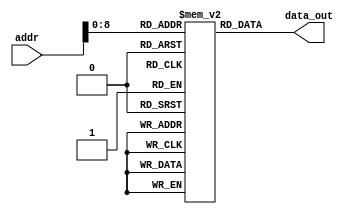
module InstMem (input [11:0] addr, output [31:0] data_out);
 reg [31:0] mem [0:500];

 initial begin
//mem[0]=32'b0000000_00000_00000_000_00000_0110011 ; //add x0, x0, x0
//  //added to be skipped since PC starts with 4 after reset
//  mem[1]=32'b000000000000_00000_010_00001_0000011 ; //lw x1, 0(x0)
//  mem[2]=32'b0000000_00000_00000_000_00000_0110011 ; //add x0, x0, x0
//  mem[3]=32'b0000000_00000_00000_000_00000_0110011 ; //add x0, x0, x0
//  mem[4]=32'b0000000_00000_00000_000_00000_0110011 ; //add x0, x0, x0
//  mem[5]=32'b000000000100_00000_010_00010_0000011 ; //lw x2, 4(x0)
//  mem[6]=32'b0000000_00000_00000_000_00000_0110011 ; //add x0, x0, x0
//  mem[7]=32'b0000000_00000_00000_000_00000_0110011 ; //add x0, x0, x0
//  mem[8]=32'b0000000_00000_00000_000_00000_0110011 ; //add x0, x0, x0
//  mem[9]=32'b000000001000_00000_010_00011_0000011 ; //lw x3, 8(x0)
// mem[10]=32'b0000000_00000_00000_000_00000_0110011 ; //add x0, x0, x0
// mem[11]=32'b0000000_00000_00000_000_00000_0110011 ; //add x0, x0, x0
// mem[12]=32'b0000000_00000_00000_000_00000_0110011 ; //add x0, x0, x0
//  mem[13]=32'b0000000_00010_00001_110_00100_0110011 ; //or x4, x1, x2
// mem[14]=32'b0000000_00000_00000_000_00000_0110011 ; //add x0, x0, x0
// mem[15]=32'b0000000_00000_00000_000_00000_0110011 ; //add x0, x0, x0
// mem[16]=32'b0000000_00000_00000_000_00000_0110011 ; //add x0, x0, x0
//  mem[17]=32'b0_000001_00011_00100_000_0000_0_1100011; //beq x4, x3, 16
//  mem[18]=32'b0000000_00000_00000_000_00000_0110011 ; //add x0, x0, x0
//  mem[19]=32'b0000000_00000_00000_000_00000_0110011 ; //add x0, x0, x0
// mem[20]=32'b0000000_00000_00000_000_00000_0110011 ; //add x0, x0, x0
//  mem[21]=32'b0000000_00010_00001_000_00011_0110011 ; //add x3, x1, x2
//  mem[22]=32'b0000000_00000_00000_000_00000_0110011 ; //add x0, x0, x0
//  mem[23]=32'b0000000_00000_00000_000_00000_0110011 ; //add x0, x0, x0
//  mem[24]=32'b0000000_00000_00000_000_00000_0110011 ; //add x0, x0, x0
//  mem[25]=32'b0000000_00010_00011_000_00101_0110011 ; //add x5, x3, x2
//  mem[26]=32'b0000000_00000_00000_000_00000_0110011 ; //add x0, x0, x0
//  mem[27]=32'b0000000_00000_00000_000_00000_0110011 ; //add x0, x0, x0
//  mem[28]=32'b0000000_00000_00000_000_00000_0110011 ; //add x0, x0, x0
//mem[29]=32'b0000000_00101_00000_010_01100_0100011; //sw x5, 12(x0)
// mem[30]=32'b0000000_00000_00000_000_00000_0110011 ; //add x0, x0, x0
// mem[31]=32'b0000000_00000_00000_000_00000_0110011 ; //add x0, x0, x0
// mem[32]=32'b0000000_00000_00000_000_00000_0110011 ; //add x0, x0, x0
// mem[33]=32'b000000001100_00000_010_00110_0000011 ; //lw x6, 12(x0)
// mem[34]=32'b0000000_00000_00000_000_00000_0110011 ; //add x0, x0, x0
// mem[35]=32'b0000000_00000_00000_000_00000_0110011 ; //add x0, x0, x0
// mem[36]=32'b0000000_00000_00000_000_00000_0110011 ; //add x0, x0, x0
// mem[37]=32'b0000000_00001_00110_111_00111_0110011 ; //and x7, x6, x1
//mem[38]=32'b0000000_00000_00000_000_00000_0110011 ; //add x0, x0, x0
// mem[39]=32'b0000000_00000_00000_000_00000_0110011 ; //add x0, x0, x0
// mem[40]=32'b0000000_00000_00000_000_00000_0110011 ; //add x0, x0, x0
// mem[41]=32'b0100000_00010_00001_000_01000_0110011 ; //sub x8, x1, x2
//mem[42]=32'b0000000_00000_00000_000_00000_0110011 ; //add x0, x0, x0
// mem[43]=32'b0000000_00000_00000_000_00000_0110011 ; //add x0, x0, x0
// mem[44]=32'b0000000_00000_00000_000_00000_0110011 ; //add x0, x0, x0
// mem[45]=32'b0000000_00010_00001_000_00000_0110011 ; //add x0, x1, x2
//mem[46]=32'b0000000_00000_00000_000_00000_0110011 ; //add x0, x0, x0
// mem[47]=32'b0000000_00000_00000_000_00000_0110011 ; //add x0, x0, x0
// mem[48]=32'b0000000_00000_00000_000_00000_0110011 ; //add x0, x0, x0
// mem[49]=32'b0000000_00001_00000_000_01001_0110011 ; //add x9, x0, x1

//mem[0]=32'b0000000_00000_00000_000_00000_0110011 ; //add x0, x0, x0
// //added to be skipped since PC starts with 4 after reset
// mem[1]=32'b000000000000_00000_010_00001_0000011 ; //lw x1, 0(x0)
//// mem[2]=32'b0000000_00000_00000_000_00000_0110011 ; //add x0, x0, x0
//// mem[3]=32'b0000000_00000_00000_000_00000_0110011 ; //add x0, x0, x0
//// mem[4]=32'b0000000_00000_00000_000_00000_0110011 ; //add x0, x0, x0
// mem[2]=32'b000000000100_00000_010_00010_0000011 ; //lw x2, 4(x0)
//// mem[3]=32'b0000000_00000_00000_000_00000_0110011 ; //add x0, x0, x0
//// mem[7]=32'b0000000_00000_00000_000_00000_0110011 ; //add x0, x0, x0
//// mem[8]=32'b0000000_00000_00000_000_00000_0110011 ; //add x0, x0, x0
// mem[3]=32'b000000001000_00000_010_00011_0000011 ; //lw x3, 8(x0)
//mem[4]=32'b0000000_00000_00000_000_00000_0110011 ; //add x0, x0, x0
////mem[5]=32'b0000000_00000_00000_000_00000_0110011 ; //add x0, x0, x0
////mem[12]=32'b0000000_00000_00000_000_00000_0110011 ; //add x0, x0, x0
// mem[5]=32'b0000000_00010_00001_110_00100_0110011 ; //or x4, x1, x2
////mem[7]=32'b0000000_00000_00000_000_00000_0110011 ; //add x0, x0, x0
////mem[8]=32'b0000000_00000_00000_000_00000_0110011 ; //add x0, x0, x0
////mem[9]=32'b0000000_00000_00000_000_00000_0110011 ; //add x0, x0, x0
// mem[6]=32'b0_000000_00011_00100_000_0100_0_1100011; //beq x4, x3, 16
// mem[7]=32'b0000000_00000_00000_000_00000_0110011 ; //add x0, x0, x0
// mem[8]=32'b0000000_00000_00000_000_00000_0110011 ; //add x0, x0, x0
//mem[9]=32'b0000000_00000_00000_000_00000_0110011 ; //add x0, x0, x0
// mem[10]=32'b0000000_00010_00001_000_00011_0110011 ; //add x3, x1, x2
//// mem[15]=32'b0000000_00000_00000_000_00000_0110011 ; //add x0, x0, x0
//// mem[16]=32'b0000000_00000_00000_000_00000_0110011 ; //add x0, x0, x0
//// mem[17]=32'b0000000_00000_00000_000_00000_0110011 ; //add x0, x0, x0
// mem[11]=32'b0000000_00010_00011_000_00101_0110011 ; //add x5, x3, x2
//// mem[19]=32'b0000000_00000_00000_000_00000_0110011 ; //add x0, x0, x0
//// mem[20]=32'b0000000_00000_00000_000_00000_0110011 ; //add x0, x0, x0
//// mem[21]=32'b0000000_00000_00000_000_00000_0110011 ; //add x0, x0, x0
// mem[12]=32'b0000000_00101_00000_010_01100_0100011; //sw x5, 12(x0)
//// mem[30]=32'b0000000_00000_00000_000_00000_0110011 ; //add x0, x0, x0
//// mem[31]=32'b0000000_00000_00000_000_00000_0110011 ; //add x0, x0, x0
//// mem[32]=32'b0000000_00000_00000_000_00000_0110011 ; //add x0, x0, x0
// mem[13]=32'b000000001100_00000_010_00110_0000011 ; //lw x6, 12(x0)
// mem[14]=32'b0000000_00000_00000_000_00000_0110011 ; //add x0, x0, x0
//// mem[25]=32'b0000000_00000_00000_000_00000_0110011 ; //add x0, x0, x0
//// mem[26]=32'b0000000_00000_00000_000_00000_0110011 ; //add x0, x0, x0
// mem[15]=32'b0000000_00001_00110_111_00111_0110011 ; //and x7, x6, x1
////mem[38]=32'b0000000_00000_00000_000_00000_0110011 ; //add x0, x0, x0
//// mem[39]=32'b0000000_00000_00000_000_00000_0110011 ; //add x0, x0, x0
//// mem[40]=32'b0000000_00000_00000_000_00000_0110011 ; //add x0, x0, x0
// mem[16]=32'b0100000_00010_00001_000_01000_0110011 ; //sub x8, x1, x2
////mem[42]=32'b0000000_00000_00000_000_00000_0110011 ; //add x0, x0, x0
//// mem[43]=32'b0000000_00000_00000_000_00000_0110011 ; //add x0, x0, x0
//// mem[44]=32'b0000000_00000_00000_000_00000_0110011 ; //add x0, x0, x0
// mem[17]=32'b0000000_00010_00001_000_00000_0110011 ; //add x0, x1, x2
////mem[46]=32'b0000000_00000_00000_000_00000_0110011 ; //add x0, x0, x0
//// mem[47]=32'b0000000_00000_00000_000_00000_0110011 ; //add x0, x0, x0
//// mem[48]=32'b0000000_00000_00000_000_00000_0110011 ; //add x0, x0, x0
// mem[18]=32'b0000000_00001_00000_000_01001_0110011 ; //add x9, x0, x1


mem[0]=32'b0000000_00000_00000_000_00000_0110011 ; //add x0, x0, x0
 //added to be skipped since PC starts with 4 after reset
 mem[1]=32'b000000000000_00000_010_00001_0000011 ; //lw x1, 0(x0)
// mem[2]=32'b0000000_00000_00000_000_00000_0110011 ; //add x0, x0, x0
// mem[3]=32'b0000000_00000_00000_000_00000_0110011 ; //add x0, x0, x0
// mem[4]=32'b0000000_00000_00000_000_00000_0110011 ; //add x0, x0, x0
 mem[2]=32'b000000000100_00000_010_00010_0000011 ; //lw x2, 4(x0)
// mem[3]=32'b0000000_00000_00000_000_00000_0110011 ; //add x0, x0, x0
// mem[7]=32'b0000000_00000_00000_000_00000_0110011 ; //add x0, x0, x0
// mem[8]=32'b0000000_00000_00000_000_00000_0110011 ; //add x0, x0, x0
 mem[3]=32'b000000001000_00000_010_00011_0000011 ; //lw x3, 8(x0)
//mem[4]=32'b0000000_00000_00000_000_00000_0110011 ; //add x0, x0, x0
//mem[5]=32'b0000000_00000_00000_000_00000_0110011 ; //add x0, x0, x0
//mem[12]=32'b0000000_00000_00000_000_00000_0110011 ; //add x0, x0, x0
 mem[4]=32'b0000000_00010_00001_110_00100_0110011 ; //or x4, x1, x2
//mem[7]=32'b0000000_00000_00000_000_00000_0110011 ; //add x0, x0, x0
//mem[8]=32'b0000000_00000_00000_000_00000_0110011 ; //add x0, x0, x0
//mem[9]=32'b0000000_00000_00000_000_00000_0110011 ; //add x0, x0, x0
 mem[5]=32'b0_000000_00011_00100_000_0100_0_1100011; //beq x4, x3, 16
// mem[11]=32'b0000000_00000_00000_000_00000_0110011 ; //add x0, x0, x0
// mem[12]=32'b0000000_00000_00000_000_00000_0110011 ; //add x0, x0, x0
//mem[13]=32'b0000000_00000_00000_000_00000_0110011 ; //add x0, x0, x0
 mem[6]=32'b0000000_00010_00001_000_00011_0110011 ; //add x3, x1, x2
// mem[15]=32'b0000000_00000_00000_000_00000_0110011 ; //add x0, x0, x0
// mem[16]=32'b0000000_00000_00000_000_00000_0110011 ; //add x0, x0, x0
// mem[17]=32'b0000000_00000_00000_000_00000_0110011 ; //add x0, x0, x0
 mem[7]=32'b0000000_00010_00011_000_00101_0110011 ; //add x5, x3, x2
// mem[19]=32'b0000000_00000_00000_000_00000_0110011 ; //add x0, x0, x0
// mem[20]=32'b0000000_00000_00000_000_00000_0110011 ; //add x0, x0, x0
// mem[8]=32'b0000000_00000_00000_000_00000_0110011 ; //add x0, x0, x0
 mem[8]=32'b0000000_00101_00000_010_01100_0100011; //sw x5, 12(x0)
// mem[30]=32'b0000000_00000_00000_000_00000_0110011 ; //add x0, x0, x0
// mem[31]=32'b0000000_00000_00000_000_00000_0110011 ; //add x0, x0, x0
// mem[32]=32'b0000000_00000_00000_000_00000_0110011 ; //add x0, x0, x0
 mem[9]=32'b000000001100_00000_010_00110_0000011 ; //lw x6, 12(x0)
// mem[24]=32'b0000000_00000_00000_000_00000_0110011 ; //add x0, x0, x0
// mem[25]=32'b0000000_00000_00000_000_00000_0110011 ; //add x0, x0, x0
// mem[26]=32'b0000000_00000_00000_000_00000_0110011 ; //add x0, x0, x0
 mem[10]=32'b0000000_00001_00110_111_00111_0110011 ; //and x7, x6, x1
//mem[38]=32'b0000000_00000_00000_000_00000_0110011 ; //add x0, x0, x0
// mem[39]=32'b0000000_00000_00000_000_00000_0110011 ; //add x0, x0, x0
// mem[40]=32'b0000000_00000_00000_000_00000_0110011 ; //add x0, x0, x0
 mem[11]=32'b0100000_00010_00001_000_01000_0110011 ; //sub x8, x1, x2
//mem[42]=32'b0000000_00000_00000_000_00000_0110011 ; //add x0, x0, x0
// mem[43]=32'b0000000_00000_00000_000_00000_0110011 ; //add x0, x0, x0
// mem[44]=32'b0000000_00000_00000_000_00000_0110011 ; //add x0, x0, x0
 mem[12]=32'b0000000_00010_00001_000_00000_0110011 ; //add x0, x1, x2
//mem[46]=32'b0000000_00000_00000_000_00000_0110011 ; //add x0, x0, x0
// mem[47]=32'b0000000_00000_00000_000_00000_0110011 ; //add x0, x0, x0
// mem[48]=32'b0000000_00000_00000_000_00000_0110011 ; //add x0, x0, x0
 mem[13]=32'b0000000_00001_00000_000_01001_0110011 ; //add x9, x0, x1
 mem[14]=32'h73 ; //add x9, x0, x1
   end

  
 
assign data_out = mem[addr];
endmodule